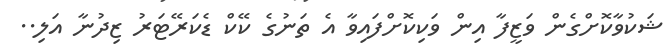
ޝަކުވާކޮށްގެން ވަޒީފާ އިން ވަކިކޮށްފައިވާ އެ ތަނުގެ ކޭކް ޑެކަރޭޓަރު ޒިދުނާ އަލި..